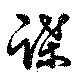
蹀